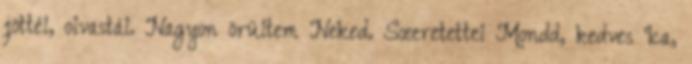
jöttél, olvastál. Nagyon örültem Neked. Szeretettel Mondd, kedves Ica,